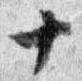
十